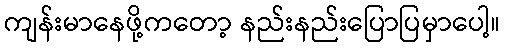
ကျန်းမာနေဖို့ကတော့ နည်းနည်းပြောပြမှာပေါ့။